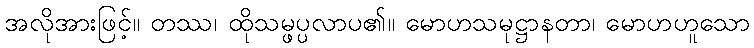
အလိုအားဖြင့်။ တဿ၊ ထိုသမ္ဖပ္ပလာပ၏။ မောဟသမုဋ္ဌာနတာ၊ မောဟဟူသော